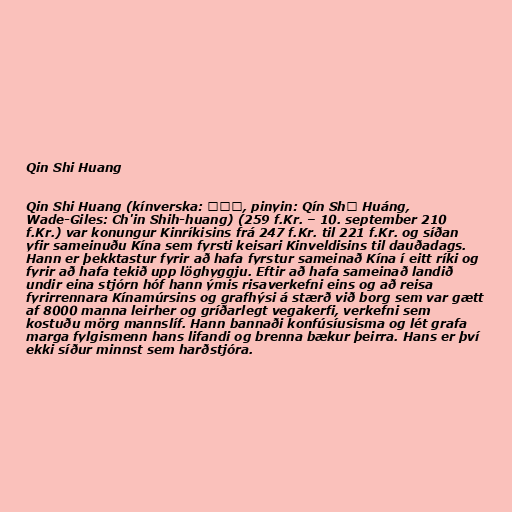
Qin Shi Huang

Qin Shi Huang (kínverska: 秦始皇, pinyin: Qín Shǐ Huáng,
Wade-Giles: Ch'in Shih-huang) (259 f.Kr. – 10. september 210
f.Kr.) var konungur Kinríkisins frá 247 f.Kr. til 221 f.Kr. og síðan
yfir sameinuðu Kína sem fyrsti keisari Kinveldisins til dauðadags.
Hann er þekktastur fyrir að hafa fyrstur sameinað Kína í eitt ríki og
fyrir að hafa tekið upp löghyggju. Eftir að hafa sameinað landið
undir eina stjórn hóf hann ýmis risaverkefni eins og að reisa
fyrirrennara Kínamúrsins og grafhýsi á stærð við borg sem var gætt
af 8000 manna leirher og gríðarlegt vegakerfi, verkefni sem
kostuðu mörg mannslíf. Hann bannaði konfúsíusisma og lét grafa
marga fylgismenn hans lifandi og brenna bækur þeirra. Hans er því
ekki síður minnst sem harðstjóra.